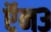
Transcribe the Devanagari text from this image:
ऍन३